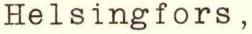
Helsingfors,